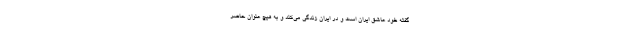
گفته خود عاشق ایران است و در ایران زندگی می‌کند و به هیچ عنوان حاضر